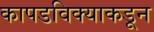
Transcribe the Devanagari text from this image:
कापडविक्याकडून